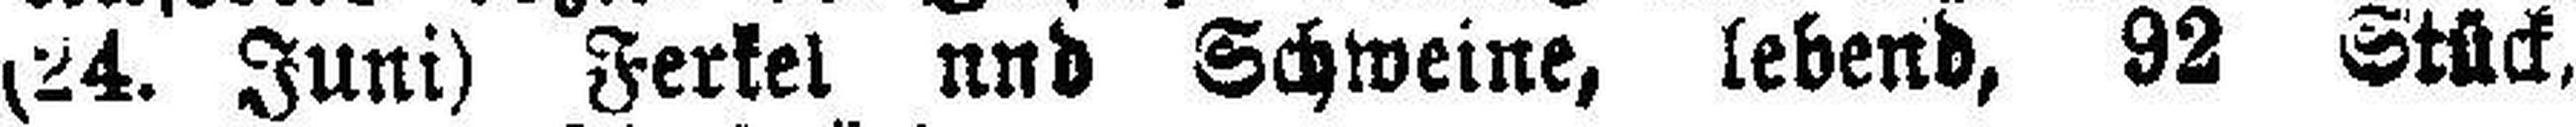
(24. Juni) Ferkel und Schweine, lebend, 92 Stück,